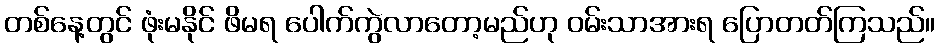
တစ်နေ့တွင် ဖုံးမနိုင် ဖိမရ ပေါက်ကွဲလာတော့မည်ဟု ဝမ်းသာအားရ ပြောတတ်ကြသည်။